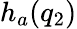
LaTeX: h_{a}(q_{2})